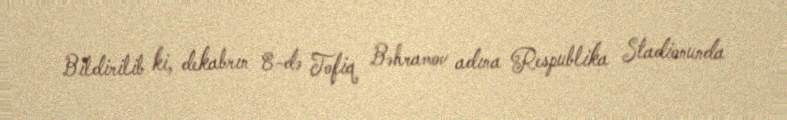
Bildirilib ki, dekabrın 8-də Tofiq Bəhramov adına Respublika Stadionunda